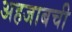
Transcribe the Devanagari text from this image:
अहजाबची